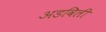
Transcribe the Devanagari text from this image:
अडविली